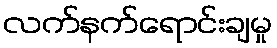
လက်နက်ရောင်းချမှု